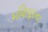
મણિપૂરના